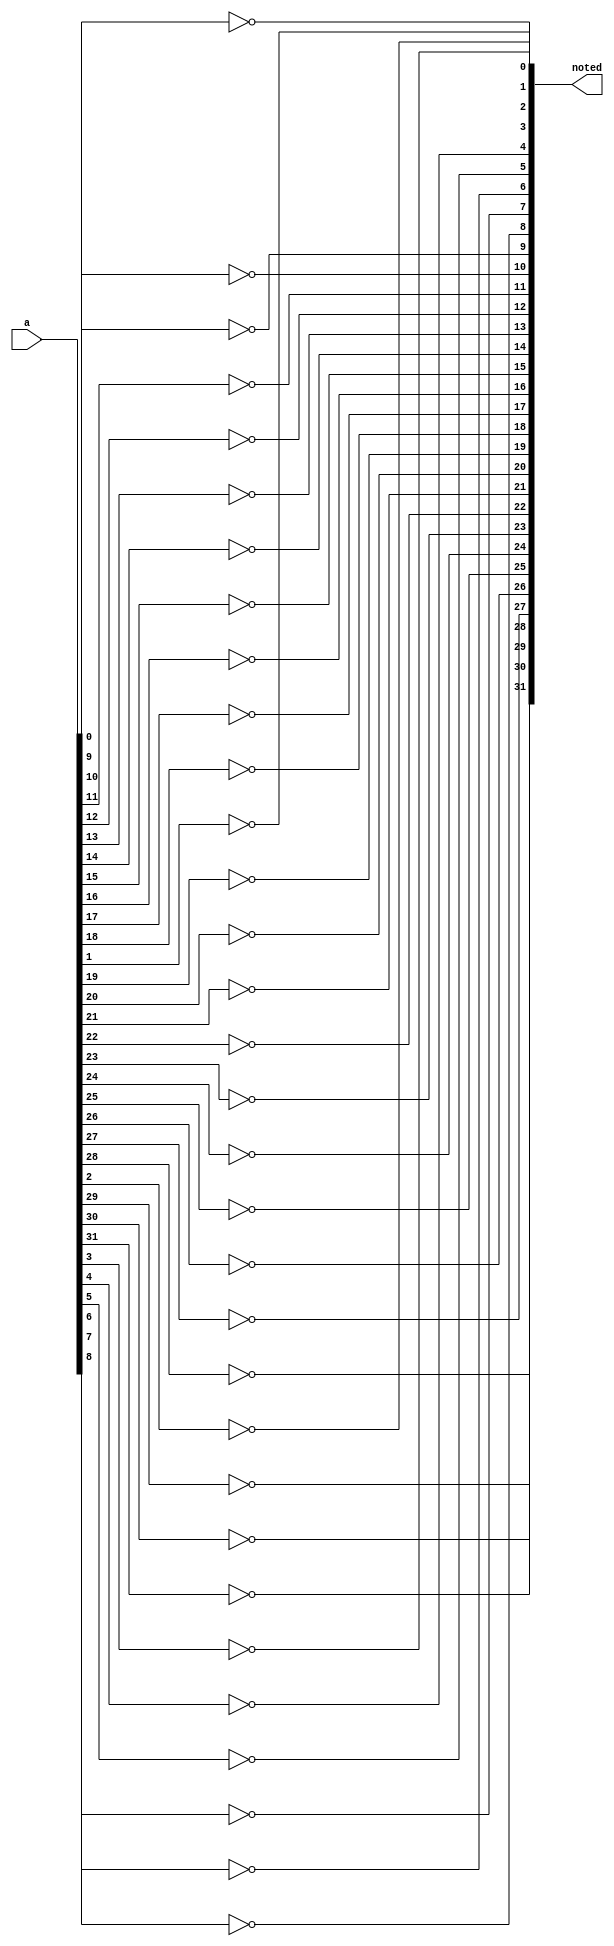
module noter(noted, a);
	input [31:0]a;
	output [31:0]noted;

	not noting0(noted[0], a[0]);
	not noting1(noted[1], a[1]);
	not noting2(noted[2], a[2]);
	not noting3(noted[3], a[3]);
	not noting4(noted[4], a[4]);
	not noting5(noted[5], a[5]);
	not noting6(noted[6], a[6]);
	not noting7(noted[7], a[7]);
	not noting8(noted[8], a[8]);
	not noting9(noted[9], a[9]);
	not noting10(noted[10], a[10]);
	not noting11(noted[11], a[11]);
	not noting12(noted[12], a[12]);
	not noting13(noted[13], a[13]);
	not noting14(noted[14], a[14]);
	not noting15(noted[15], a[15]);
	not noting16(noted[16], a[16]);
	not noting17(noted[17], a[17]);
	not noting18(noted[18], a[18]);
	not noting19(noted[19], a[19]);
	not noting20(noted[20], a[20]);
	not noting21(noted[21], a[21]);
	not noting22(noted[22], a[22]);
	not noting23(noted[23], a[23]);
	not noting24(noted[24], a[24]);
	not noting25(noted[25], a[25]);
	not noting26(noted[26], a[26]);
	not noting27(noted[27], a[27]);
	not noting28(noted[28], a[28]);
	not noting29(noted[29], a[29]);
	not noting30(noted[30], a[30]);
	not noting31(noted[31], a[31]);
endmodule